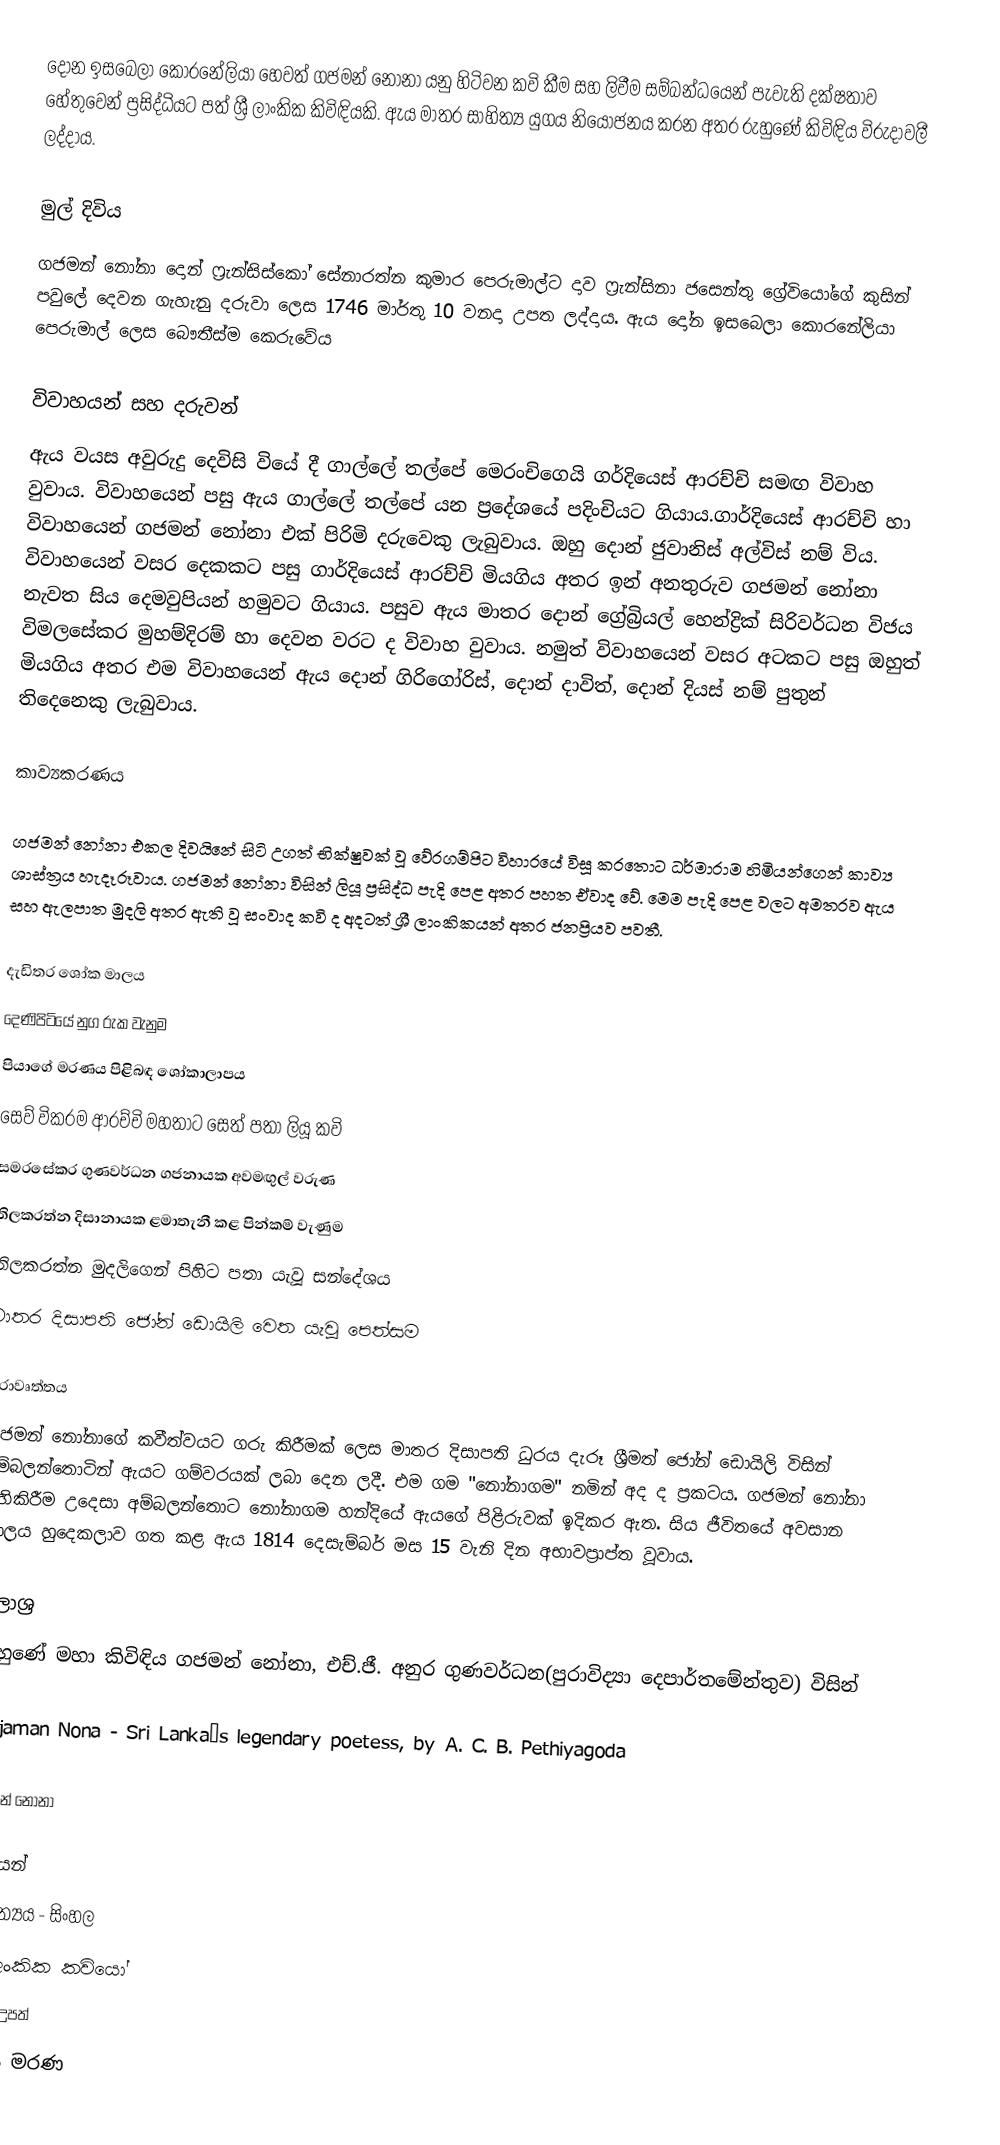
දෝන ඉසබෙලා කොරනේලියා හෙවත් ගජමන් නෝනා යනු හිටිවන කවි කීම සහ ලිවීම සම්බන්ධයෙන් පැවැති දක්ෂතාව හේතුවෙන් ප්‍රසිද්ධියට පත් ශ්‍රී ලාංකික කිවිඳියකි. ඇය මාතර සාහිත්‍ය යුගය නියෝජනය කරන අතර රුහුණේ කිවිඳිය විරුදාවලී ලද්දාය.

මුල් දිවිය
ගජමන් නෝනා දොන් ෆ්‍රැන්සිස්කෝ සේනාරත්න කුමාර පෙරුමාල්ට දාව ෆ්‍රැන්සිනා ජසෙන්තු ග්‍රේවියෝගේ කුසින් පවුලේ දෙවන ගැහැනු දරුවා ලෙස 1746 මාර්තු 10 වනදා උපත ලද්දාය. ඇය දෝන ඉසබෙලා කොරනේලියා පෙරුමාල් ලෙස බෞතීස්ම කෙරුවේය

විවාහයන් සහ දරුවන්
ඇය වයස අවුරුදු දෙවිසි වියේ දී ගාල්ලේ තල්පේ මෙරංචිගෙයි ගර්දියෙස්‌ ආරච්චි සමඟ විවාහ වුවාය. විවාහයෙන් පසු ඇය ගාල්ලේ තල්පේ යන ප්‍රදේශයේ පදිංචියට ගියාය.ගාර්දියෙස් ආරච්චි හා විවාහයෙන් ගජමන් නෝනා එක්‌ පිරිමි දරුවෙකු ලැබුවාය. ඔහු දොන් ජුවානිස්‌ අල්විස්‌ නම් විය. විවාහයෙන් වසර දෙකකට පසු ගාර්දියෙස් ආරච්චි මියගිය අතර ඉන් අනතුරුව ගජමන් නෝනා නැවත සිය දෙමවුපියන් හමුවට ගියාය. පසුව ඇය මාතර  දොන් ග්‍රේබ්‍රියල් හෙන්ද්‍රික්‌ සිරිවර්ධන විජය විමලසේකර මුහම්දිරම් හා දෙවන වරට ද විවාහ වුවාය. නමුත් විවාහයෙන් වසර අටකට පසු ඔහුත් මියගිය අතර එම විවාහයෙන් ඇය දොන් ගිරිගෝරිස්‌, දොන් දාවිත්, දොන් දියස්‌ නම් පුතුන් තිදෙනෙකු ලැබුවාය.

කාව්‍යකරණය

ගජමන් නෝනා එකල දිවයිනේ සිටි උගත් භික්ෂුවක් වූ වේරගම්පිට විහාරයේ විසූ කරතොට ධර්මාරාම හිමියන්ගෙන් කාව්‍ය ශාස්‌ත්‍රය  හැදෑරූවාය. ගජමන් නෝනා විසින් ලියූ ප්‍රසිද්ධ පැදි පෙළ අතර පහත ඒවාද වේ. මෙම පැදි පෙළ වලට අමතරව ඇය සහ ඇලපාත මුදලි අතර ඇති වූ සංවාද කවි ද අදටත් ශ්‍රී ලාංකිකයන් අතර ජනප්‍රියව පවතී.

දැඩිතර ශෝක මාලය
දෙණිපිටියේ නුග රුක වැනුම
පියාගේ මරණය පිළිබඳ ශෝකාලාපය
සෙව් වික‍්‍රම ආරච්චි මහතාට සෙත් පතා ලියූ කවි
සමරසේකර ගුණවර්ධන ගජනායක අවමඟුල් වරුණ
තිලකරත්න දිසානායක ළමාතැනී කළ පින්කම් වැණුම
තිලකරත්න මුදලිගෙන් පිහිට පතා යැවූ සන්දේශය
මාතර දිසාපති ජෝන් ඩොයිලි වෙත යැවූ පෙත්සම

පුරාවෘත්තය
ගජමන් නෝනාගේ කවීත්වයට ගරු කිරීමක්‌ ලෙස මාතර දිසාපති ධුරය දැරූ ශ්‍රීමත් ජෝන් ඩොයිලි විසින් අම්බලන්තොටින් ඇයට ගම්වරයක්‌ ලබා දෙන ලදී. එම ගම "නෝනාගම" නමින් අද ද ප්‍රකටය. ගජමන් නෝනා සිහිකිරීම උදෙසා අම්බලන්තොට නෝනාගම හන්දියේ ඇයගේ පිළිරුවක්‌ ඉදිකර ඇත. සිය ජීවිතයේ අවසාන කාලය හුදෙකලාව ගත කළ ඇය 1814 දෙසැම්බර් මස 15 වැනි දින අභාවප්‍රාප්ත වූවාය.

මූලාශ්‍ර
රුහුණේ මහා කිවිඳිය ගජමන් නෝනා, එච්.ජී. අනුර ගුණවර්ධන(පුරාවිද්‍යා දෙපාර්තමේන්තුව) විසින්

Gajaman Nona - Sri Lanka’s legendary poetess, by A. C. B. Pethiyagoda

ගජමන් නෝනා

කවියන්
සාහිත්‍යය - සිංහල
ශ්‍රී ලංකික කවියෝ
1746 උපත්
1815 මරණ